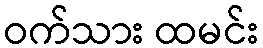
ဝက်သား ထမင်း